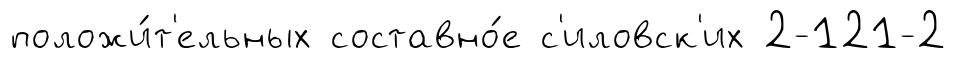
положи́т'ельных составно́е с'иловск'их 2-121-2